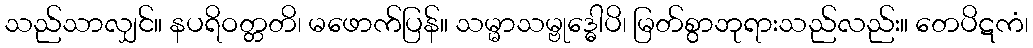
သည်သာလျှင်။ နပရိဝတ္တတိ၊ မဖောက်ပြန်။ သမ္မာသမ္ဗုဒ္ဓေါပိ၊ မြတ်စွာဘုရားသည်လည်း။ တေပိဋကံ၊